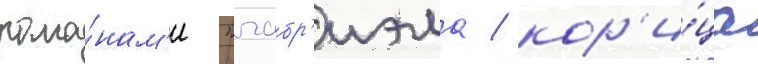
рома́нам'и "габр'иэла / кор'и́ца